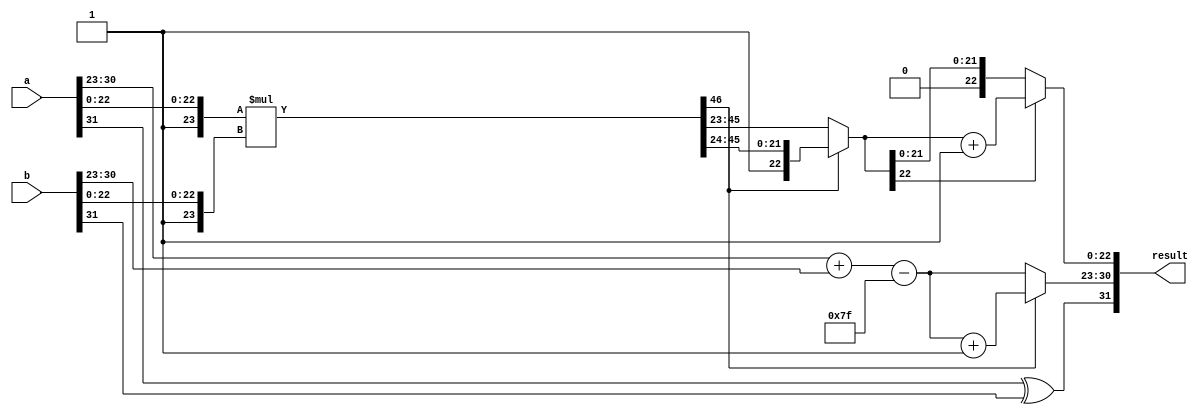
module floating_point_wallace_multiplier (
    input [31:0] a,  // First floating-point operand
    input [31:0] b,  // Second floating-point operand
    output reg [31:0] result // Result of multiplication
);

    // Constants
    localparam BIAS = 8'd127;
    localparam MANTISSA_BITS = 23;

    // Extract components
    wire sign_a = a[31];
    wire sign_b = b[31];
    wire [7:0] exp_a = a[30:23];
    wire [7:0] exp_b = b[30:23];
    wire [MANTISSA_BITS:0] mant_a = {1'b1, a[22:0]}; // Implicit leading 1
    wire [MANTISSA_BITS:0] mant_b = {1'b1, b[22:0]}; // Implicit leading 1

    // Exponent calculation
    wire [8:0] exp_sum = {1'b0, exp_a} + {1'b0, exp_b} - BIAS; // Add exponents and adjust bias
    wire [7:0] final_exp = exp_sum[7:0]; // Final exponent

    // Mantissa multiplication (Wallace tree)
    wire [2*MANTISSA_BITS:0] mant_product = mant_a * mant_b; // Full mantissa multiplication
    wire [2*MANTISSA_BITS:0] reduced_mantissa; // Reduced mantissa after Wallace tree

    // Wallace tree reduction logic (simplified for illustration)
    // This part would typically involve a series of half adders and full adders
    // For simplicity, we'll just use a direct multiplication here
    assign reduced_mantissa = mant_product; // Replace with actual Wallace tree logic

    // Normalization and rounding
    reg [MANTISSA_BITS:0] normalized_mantissa;
    reg [7:0] adjusted_exp;
    reg [4:0] shift_count;

    always @(*) begin
        // Normalization logic (simplified)
        if (reduced_mantissa[2*MANTISSA_BITS]) begin
            normalized_mantissa = reduced_mantissa[2*MANTISSA_BITS:MANTISSA_BITS+1]; // Shift right
            adjusted_exp = final_exp + 1; // Increment exponent
        end else begin
            normalized_mantissa = reduced_mantissa[2*MANTISSA_BITS-1:MANTISSA_BITS]; // No shift
            adjusted_exp = final_exp;
        end

        // Rounding (simplified)
        if (normalized_mantissa[MANTISSA_BITS-1]) begin
            normalized_mantissa = normalized_mantissa + 1; // Round up
        end

        // Final result assembly
        result = {sign_a ^ sign_b, adjusted_exp, normalized_mantissa[MANTISSA_BITS-1:0]};
    end

endmodule